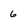
Character: 6